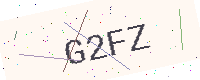
Text: G2FZ